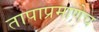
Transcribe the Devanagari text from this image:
तापाप्रमाणेच